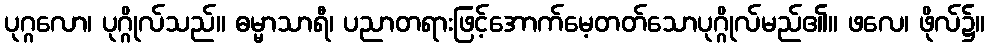
ပုဂ္ဂလော၊ ပုဂ္ဂိုလ်သည်။ ဓမ္မာသာရီ၊ ပညာတရားဖြင့်အောက်မေ့တတ်သောပုဂ္ဂိုလ်မည်၏။ ဖလေ၊ ဖိုလ်၌။